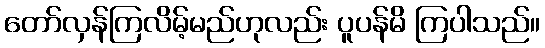
တော်လှန်ကြလိမ့်မည်ဟုလည်း ပူပန်မိ ကြပါသည်။